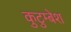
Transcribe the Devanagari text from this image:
कुटुम्बेश